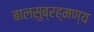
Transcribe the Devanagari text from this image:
बालसुब्रह्मण्य